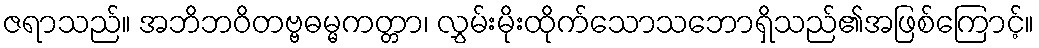
ဇရာသည်။ အဘိဘဝိတဗ္ဗဓမ္မကတ္တာ၊ လွှမ်းမိုးထိုက်သောသဘောရှိသည်၏အဖြစ်ကြောင့်။